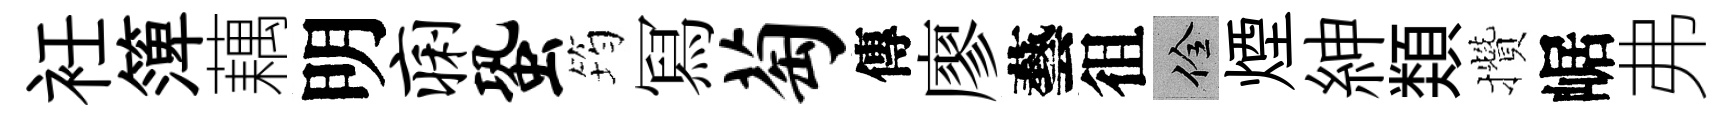
衽𥱼藕明痢蛩筠冩萄傳廖藝徂佺煙紳𩔖攢崌弗